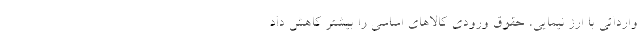
وارداتی با ارز نیمایی، حقوق ورودی کالاهای اساسی را بیشتر کاهش داد